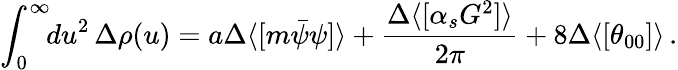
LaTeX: \int_{0}^{\infty}\! \! du^{2}\, \Delta\rho(u)=a\Delta\langle[m\bar{\psi}\psi]\rangle+{\frac{\Delta\langle[\alpha_{s}G^{2}]\rangle}{2\pi}}+8\Delta\langle[\theta_{00}]\rangle\, .